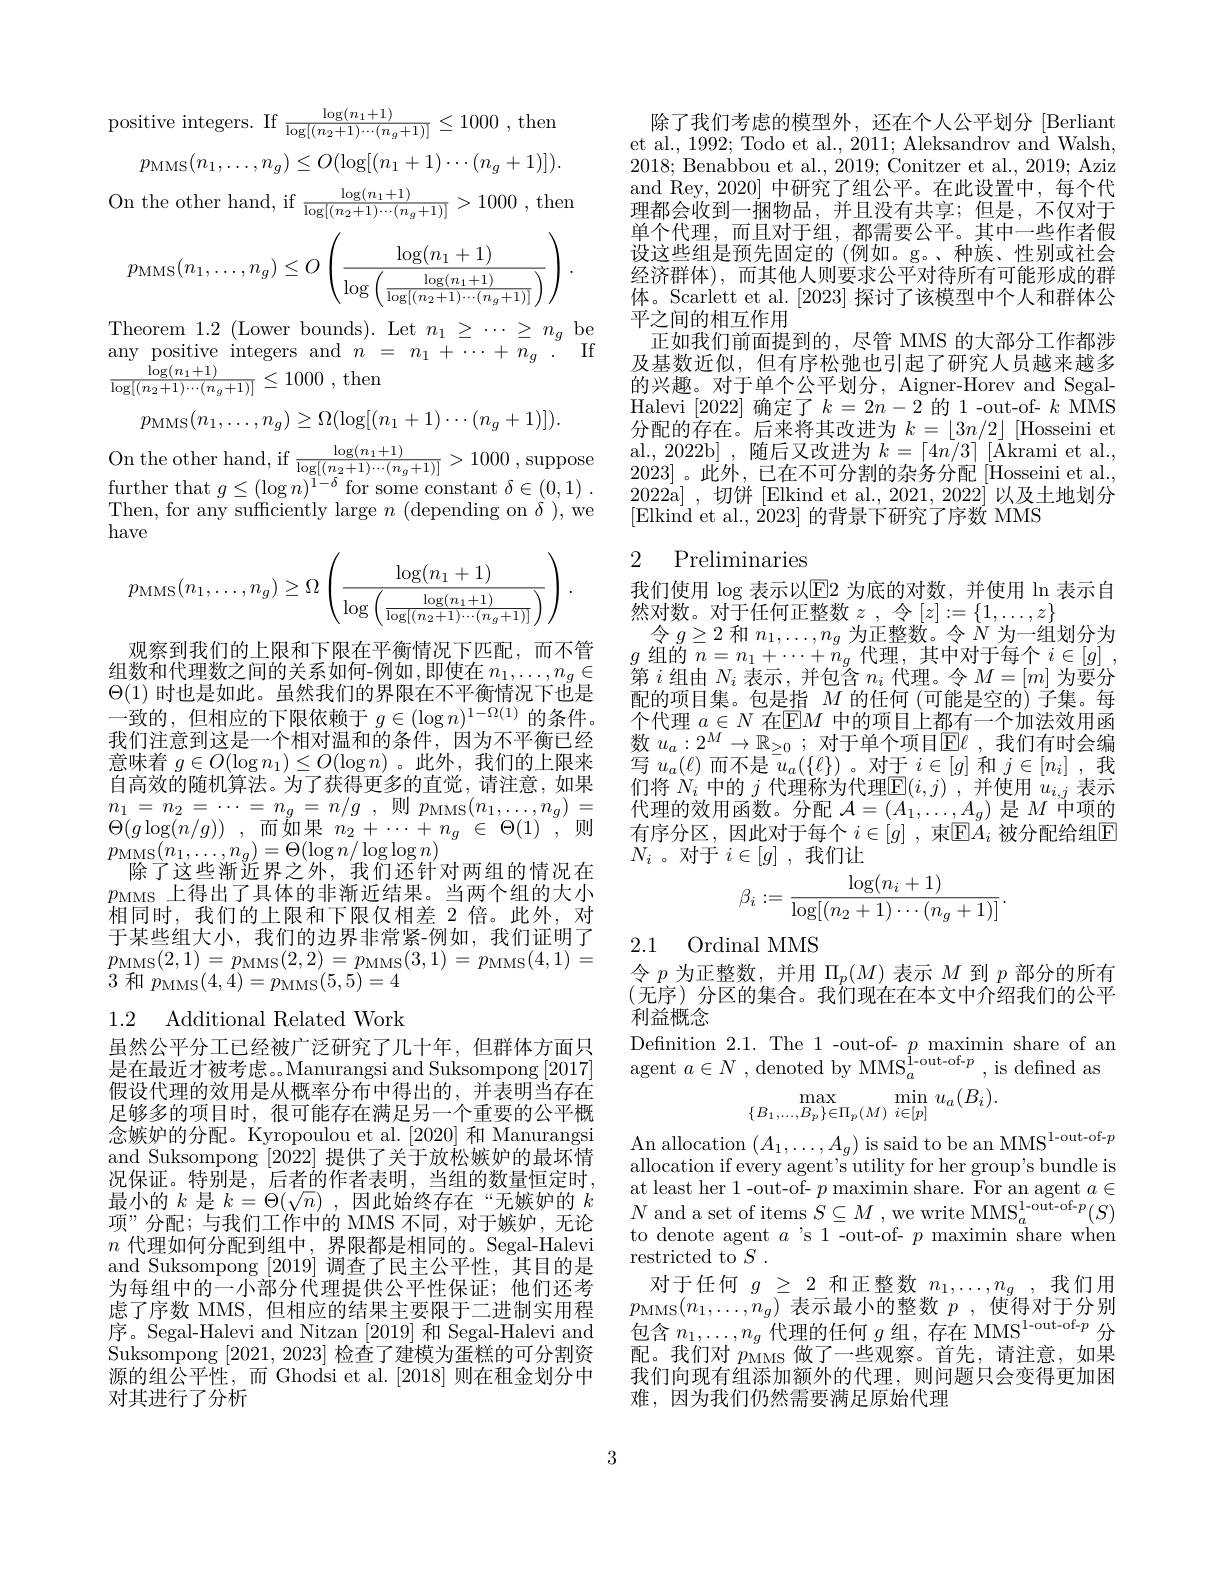
positive integers. If $\frac\log(n_1+1){\log[(n_2+1)\cdots(n_g+1)]}\leq1000$,then
$$p_{\mathrm{MMS}}(n_{1},\ldots,n_{g})\leq O(\log[(n_{1}+1)\cdots(n_{g}+1)]).$$
On the other hand, if $\frac\log(n_1+1){\log[(n_2+1)\cdots(n_g+1)]}>1000$,then
$$p_{\text{MMS}}(n_1,\ldots,n_g)\leq O\left(\frac{\log(n_1+1)}{\log\left(\frac{\log(n_1+1)}{\log[(n_2+1)\cdots(n_g+1)]}\right)}\right).$$
Theorem 1.2 (Lower bounds). Let $n_1\geq\cdots\geq n_g$ be

any positive integers and $n=n_1+\cdots+\bar{n}_g.$ If

$\frac {\log ( n_1+ 1) }{\log [ ( n_2+ 1) \cdots ( n_g+ 1) ] }\leq 1000$ ,then
$$p_{\mathrm{MMS}}(n_1,\ldots,n_g)\geq\Omega(\log[(n_1+1)\cdots(n_g+1)]).$$
further that $g\leq(\log n)^{1-\delta}$ for some constant $\delta \in ( 0, 1)$ .

Then, for any sufficiently large $n\pmod{\delta})$,we

have
$$p_{\text{MMS}}(n_1,\dots,n_g)\ge\Omega\left(\dfrac{\log(n_1+1)}{\log\left(\frac{\log(n_1+1)}{\log[(n_2+1)\cdots(n_g+1)]}\right)}\right).$$
观察到我们的上限和下限在平衡情况下匹配，而不管组数和代理数之间的关系如何-例如 ,即使在 $n_1,\ldots,n_g\in$ $\Theta(1)$时也是如此。虽然我们的界限在不平衡情况下也是一致的，但相应的下限依赖于$g\in(\log n)^1-\Omega(1)$的条件。我们注意到这是一个相对温和的条件，因为不平衡已经意味着$g\in O(\log n_{1})\leq O(\log n)$。此外，我们的上限来自高效的随机算法。为了获得更多的直觉，请注意，如果$\begin{array}{cc}{n_{1}=n_{2}=\cdots=n_{g}=n/g}&{,\text{则 }p_{\mathrm{MMS}}(n_{1},\ldots,n_{g})}\\{\Omega(1-\mu)}&{{\Gamma(1-\mu)}}\end{array}$ $\Theta ( g\log ( n/ g) )$ , 而 如 果 $n_{2}+ \cdots + n_{g}$ $\in$ $\Theta ( 1)$ ,则$p_{\mathrm{MMS}}(n_{1},\ldots,n_{g})=\Theta(\log n/\log\log n)$
除了这些渐近界之外，我们还针对两组的情况在$p_\mathrm{MMS}$上得出了具体的非渐近结果。当两个组的大小相同时，我们的上限和下限仅相差 2 倍。此外，对于某些组大小，我们的边界非常紧-例如，我们证明了$\begin{array}{l}{p_{\mathrm{MMS}}(2,1)=p_{\mathrm{MMS}}(2,2)=p_{\mathrm{MMS}}(3,1)=p_{\mathrm{MMS}}(4,1)=}\\{p_{\mathrm{MMS}}(2,1)=p_{\mathrm{MMS}}(4,1)=}\\{p_{\mathrm{MMS}}(4,4)=p_{\mathrm{MMS}}(4,4)=p_{\mathrm{MMS}}(4,1)=p_{\mathrm{MMS}}(4,1)=}\end{array}$ 3和$p_\mathrm{MMS}(4,4)=p_\mathrm{MMS}(5,5)=4$

1.2 Additional Related Work

虽然公平分工已经被广泛研究了几十年，但群体方面只是在最近才被考虑。。Manurangsi and Suksompong [2017] 假设代理的效用是从概率分布中得出的，并表明当存在足够多的项目时，很可能存在满足另一个重要的公平概念嫉妒的分配。Kyropoulou et al.[2020] 和 Manurangsi and Suksompong [2022]提供了关于放松嫉妒的最坏情况保证。特别是，后者的作者表明，当组的数量恒定时最小的$k$是$k=\Theta(\sqrt n)$,因此始终存在“无嫉妒的$k$ 项”分配；与我们工作中的 MMS 不同，对于嫉妒，无论$n$代理如何分配到组中，界限都是相同的。Segal-Halevi and Suksompong [2019]调查了民主公平性，其目的是为每组中的一小部分代理提供公平性保证；他们还考虑了序数 MMS, 但相应的结果主要限于二进制实用程序。Segal-Halevi and Nitzan [2019] 和 Segal-Halevi and Suksompong [2021,2023]检查了建模为蛋糕的可分割资源的组公平性，而 Ghodsi et al.[2018] 则在租金划分中对其进行了分析

除了我们考虑的模型外，还在个人公平划分 [Berliant] et al., 1992; Todo et al., 2011; Aleksandrov and Walsh, 2018; Benabbou et al., 2019; Conitzer et al., 2019; Aziz and Rey, 2020] 中研究了组公平。在此设置中，每个代理都会收到一捆物品，并且没有共享；但是，不仅对于单个代理，而且对于组，都需要公平。其中一些作者假设这些组是预先固定的 (例如。g。、种族、性别或社会经济群体),而其他人则要求公平对待所有可能形成的群体。Scarlett et al. [2023] 探讨了该模型中个人和群体公平之间的相互作用
正如我们前面提到的，尽管 MMS 的大部分工作都涉及基数近似，但有序松弛也引起了研究人员越来越多的兴趣。对于单个公平划分，Aigner-Horev and SegalHalevi [2022] 确定了$k=2n-2$ 的 1-out-of- $k$ MMS 分配的存在。后来将其改进为$k=\lfloor3n/2\rfloor$ [Hosseini et
2022a],切饼[Elkind et al., 2021, 2022] 以及土地划分
[Elkind et al., 2023] 的背景下研究了序数 MMS

## 2 Preliminaries

我们使用$\log$表示以$\mathbb{E}$2 为底的对数，并使用$\ln$表示自
然对数。对于任何正整数$z$ ,令$[z]:=\{1,\ldots,z\}$
$\begin{array}{c}\text{令 }g\geq2\text{ 和 }n_{1},\ldots,n_{g}\text{ 为正整数。令 }N\text{ 为一组划分为}\\g\text{ 组的 }n=n_{1}+\cdots+n_{g}\text{ 代理，其中对于每个 }i\in[g]\end{array}$, $\bar{\text{第 }i\text{ 组由 }N_i\text{ 表示，并包含 }n_i\text{ 代理。令 }M}=[m]$为要分配的项目集。包是指$M$的任何(可能是空的)子集。每个代理$a\in N$在$\overline{\mathbb{E}}M$中的项目上都有一个加法效用函数$u_a:2^M\to\mathbb{R}_{\geq0}$;对于单个项目$\mathbb{E}\ell$,我们有时会编写$u_a(\ell)$而不是$\bar{u}_a(\{\ell\})$ 。对于$i\in[g]$和$j\in[n_i]$ ,我们将$N_i$中的$j$代理称为代理$\overline{\mathbb{E}}(i,j)$ ,并使用$u_i,j$表示代理的效用函数。分配$\mathcal{A}=(A_1,\ldots,A_g)$是$M$中项的有序分区，因此对于每个 $i\in[g]$ ,束$\mathbb{E}A_i$ 被分配给组$\mathbb{E}$ $N_i$ 。对于$i\in[g]$,我们让
$$\beta_i:=\frac{\log(n_i+1)}{\log[(n_2+1)\cdots(n_g+1)]}.$$
2.1 Ordinal MMS

令$p$为正整数，并用$\Pi_p(M)$表示$M$到$p$部分的所有(无序)分区的集合。我们现在在本文中介绍我们的公平利益概念
Definition 2. 1. The 1- out- of- $p\allowbreak {\mathrm{mod}}$ maximin share of an agent $a\in N$ $, \text{denoted by MMS}_{a}^{1- out- of- p}$,is defined as
$$\max_{\{B_1,...,B_p\}\in\Pi_p(M)}\min_{i\in[p]}u_a(B_i).$$
An allocation $(A_1,\ldots,A_g)$ is said to be an MMS$^{1-\mathrm{out-of-}p}$ allocation if every agent's utility for her group's bundle is at least her 1-out-of- $p$ maximin share. For an agent $a\in$ $N$ and a set of items $S\subseteq M\text{ , we write MMS}_{a}^{1-\mathrm{out-of-}p}(S)$ to denote agent $a$ 's 1-out-of- $p$ maximin share when restricted to $S$ .
对于任何$g_{\:\geq2\text{ 和正整数 }n_1,\ldots,n_g}$,我们用$p_{\mathrm{MMS}}(n_1,\ldots,n_g)$表示最小的整数$p$,使得对于分别包含$n_1,\ldots,n_g$代理的任何$g\text{ 组，存在 MMS}^{1-\mathrm{out-of-}p}$分配。我们对$p_\mathrm{MMS}$做了一些观察。首先，请注意，如果我们向现有组添加额外的代理，则问题只会变得更加困难，因为我们仍然需要满足原始代理

3